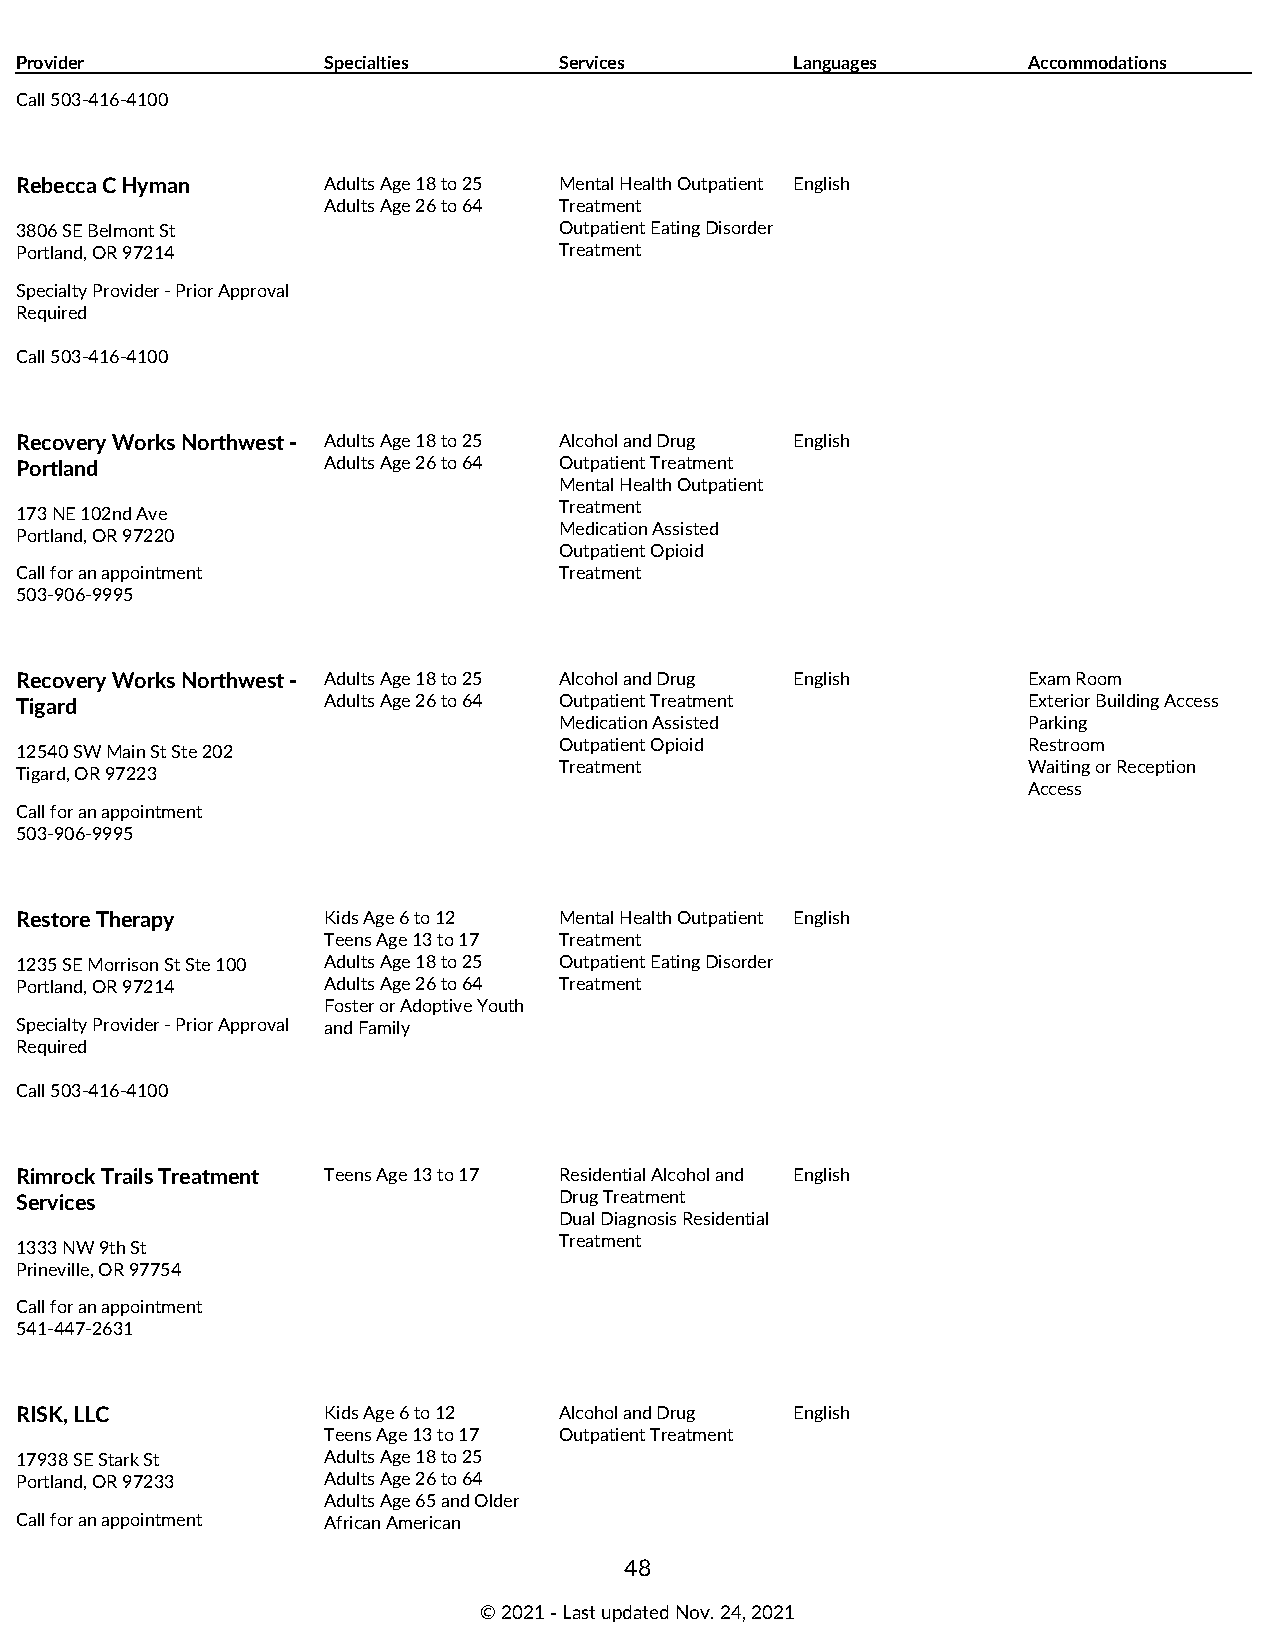
Provider            Specialties     Services        Languages      Accommodations
 Call 503-416-4100
 Rebecca C Hyman     Adults Age 18 to 25 Mental Health Outpatient English
 Adults Age 26 to 64 Treatment
 3806 SE Belmont St                  Outpatient Eating Disorder
 Portland, OR 97214                  Treatment
 Specialty Provider - Prior Approval
 Required
 Call 503-416-4100
 Recovery Works Northwest - Adults Age 18 to 25 Alcohol and Drug English
 Portland            Adults Age 26 to 64 Outpatient Treatment
 Mental Health Outpatient
 Treatment
 173 NE 102nd Ave
 Medication Assisted
 Portland, OR 97220
 Outpatient Opioid
 Call for an appointment             Treatment
 503-906-9995
 Recovery Works Northwest - Adults Age 18 to 25 Alcohol and Drug English Exam Room
 Tigard              Adults Age 26 to 64 Outpatient Treatment       Exterior Building Access
 Medication Assisted            Parking
 Outpatient Opioid              Restroom
 12540 SW Main St Ste 202
 Treatment                      Waiting or Reception
 Tigard, OR 97223
 Access
 Call for an appointment
 503-906-9995
 Restore Therapy     Kids Age 6 to 12 Mental Health Outpatient English
 Teens Age 13 to 17 Treatment
 1235 SE Morrison St Ste 100 Adults Age 18 to 25 Outpatient Eating Disorder
 Portland, OR 97214  Adults Age 26 to 64 Treatment
 Foster or Adoptive Youth
 Specialty Provider - Prior Approval and Family
 Required
 Call 503-416-4100
 Rimrock Trails Treatment Teens Age 13 to 17 Residential Alcohol and English
 Services                            Drug Treatment
 Dual Diagnosis Residential
 Treatment
 1333 NW 9th St
 Prineville, OR 97754
 Call for an appointment
 541-447-2631
 RISK, LLC           Kids Age 6 to 12 Alcohol and Drug English
 Teens Age 13 to 17 Outpatient Treatment
 17938 SE Stark St   Adults Age 18 to 25
 Portland, OR 97233  Adults Age 26 to 64
 Adults Age 65 and Older
 Call for an appointment African American
 48
 © 2021 ‑ Last updated Nov. 24, 2021